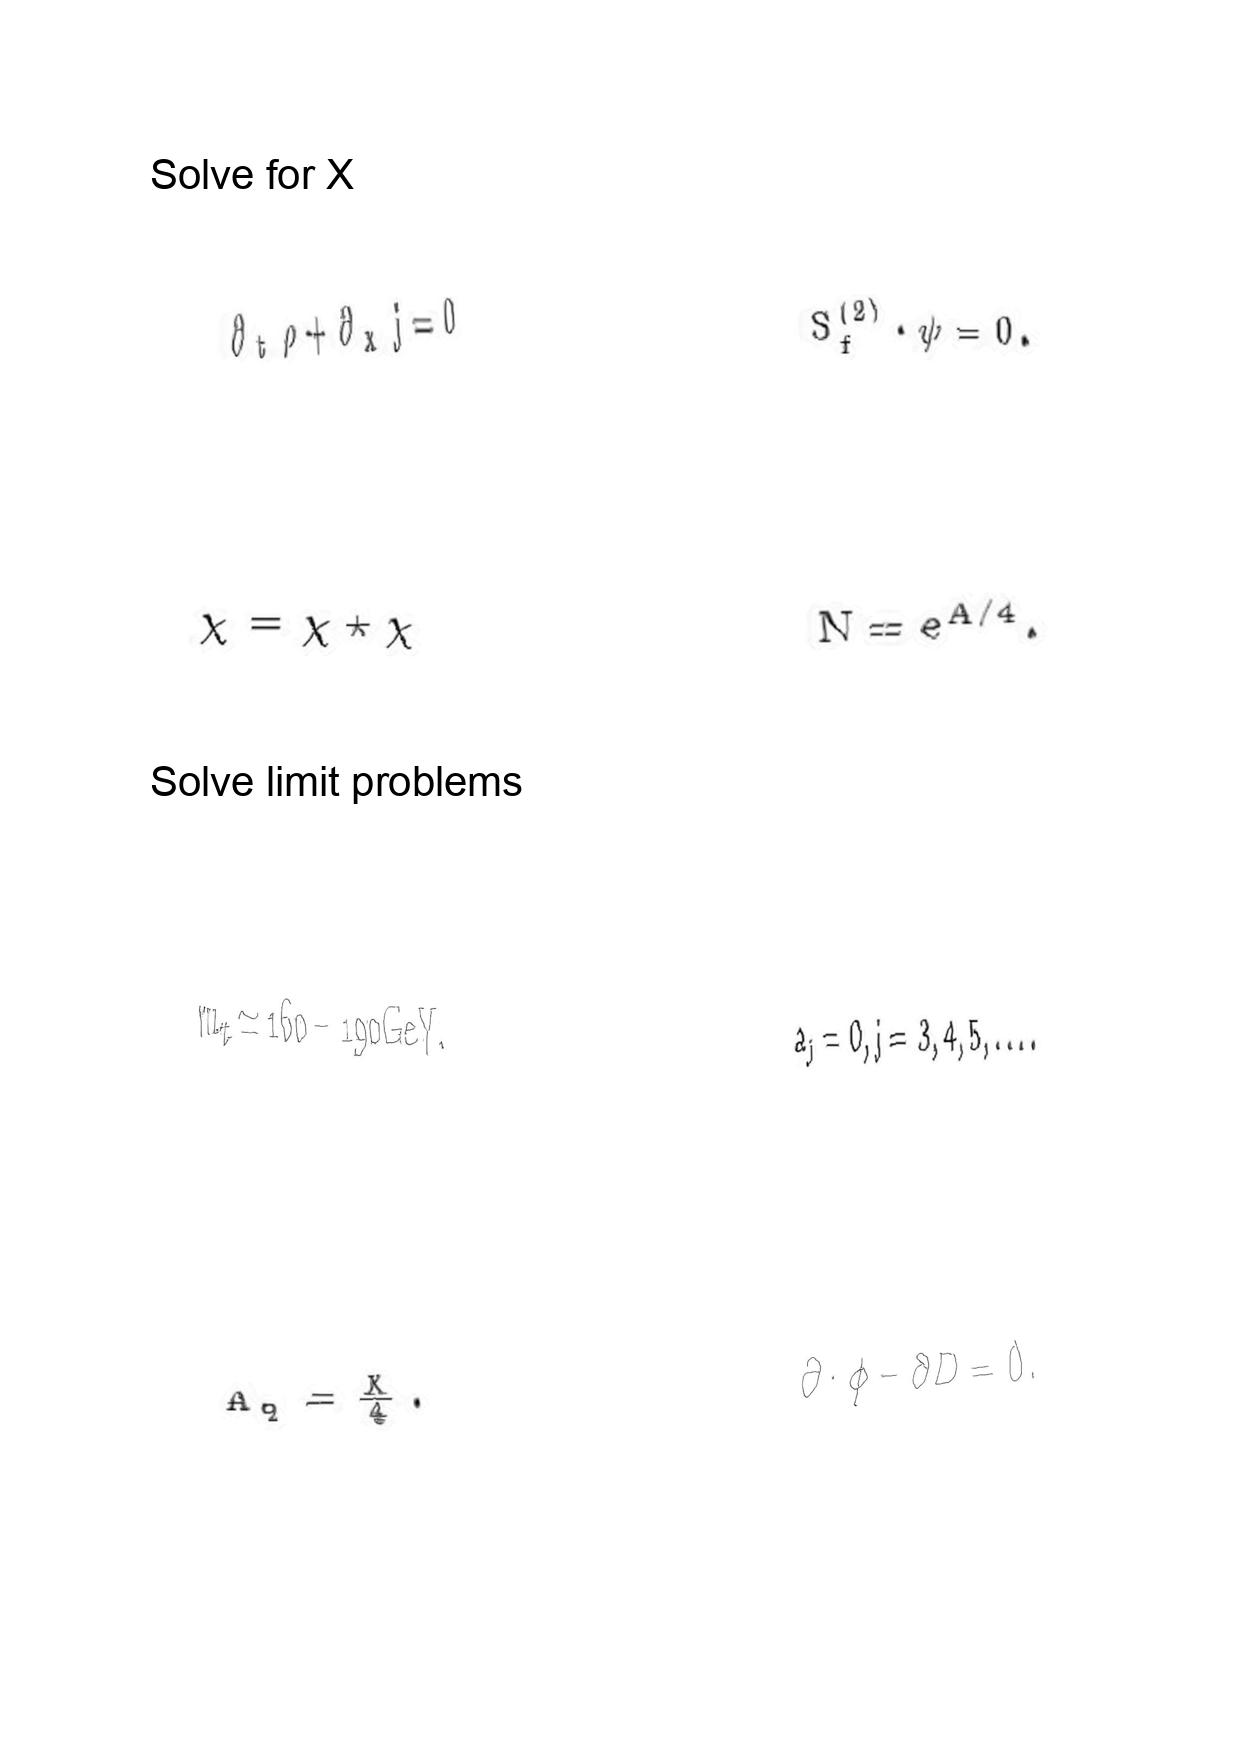
LaTeX transcription:
\partial _ { t } \rho + \partial _ { x } j = 0
\chi = \chi \star \chi
m _ { t } \simeq 1 6 0 - 1 9 0 \mathrm { G e V } ,
A _ { q } = \frac { X } { 4 } .
S _ { f } ^ { \lparen 2 \rparen } \cdot \psi = 0 .
N = e ^ { A / 4 } .
a _ { j } = 0 , j = 3 , 4 , 5 , \ldots .
\partial \cdot \phi - \partial D = 0 .